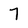
Character: 7